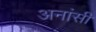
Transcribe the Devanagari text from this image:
अनांसी